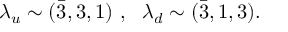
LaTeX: \lambda _ { u } \sim ( \bar { 3 } , 3 , 1 ) \ , \ \ \lambda _ { d } \sim ( \bar { 3 } , 1 , 3 ) .